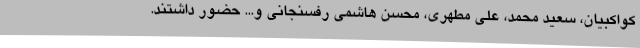
کواکبیان، سعید محمد، علی مطهری، محسن هاشمی رفسنجانی و... حضور داشتند.